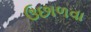
ઉછાળવા